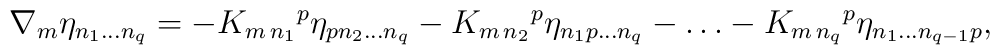
\nabla_m\eta_{n_1\dots n_q}=-K_{m\,n_1}{}^p\eta_{pn_2\dots n_q}-K_{m\,n_2}{}^p\eta_{n_1p\dots n_q}-\dots -K_{m\,n_q}{}^p\eta_{n_1\dots n_{q-1}p},